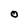
Character: 0